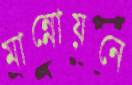
মান্নোয়নে